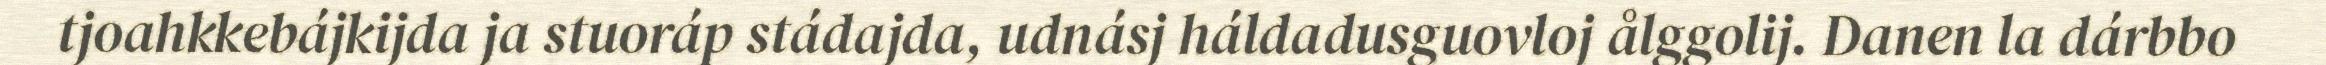
tjoahkkebájkijda ja stuoráp stádajda, udnásj háldadusguovloj ålggolij. Danen la dárbbo